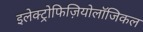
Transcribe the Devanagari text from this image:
इलेक्ट्रोफिज़ियोलॉजिकल